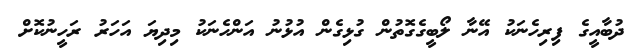
ދުބާއީގެ ފިރިހެނަކު އޭނާ ލޯބީގެގޮތުން ގުޅިގެން އުޅުނު އަންހެނަކު މިދިޔަ އަހަރު ރަހީނުކޮށް